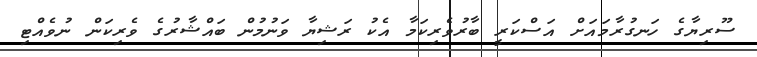
ސޫރިޔާގެ ހަނގުރާމައަށް އަސްކަރީ ބާރުވެރިކަމާ އެކު ރަޝިޔާ ވަނުމުން ބައްޝާރުގެ ވެރިކަން ނުވެއްޓި